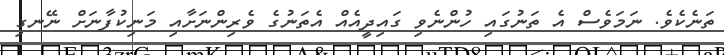
ތަނެކެވެ. ނަމަވެސް އެ ތަނުގައި ހުންނެވި ގައިދީއެއް އެތަނުގެ ވެރިންނަށާއި މަނިކުފާނަށް ނޭނގި